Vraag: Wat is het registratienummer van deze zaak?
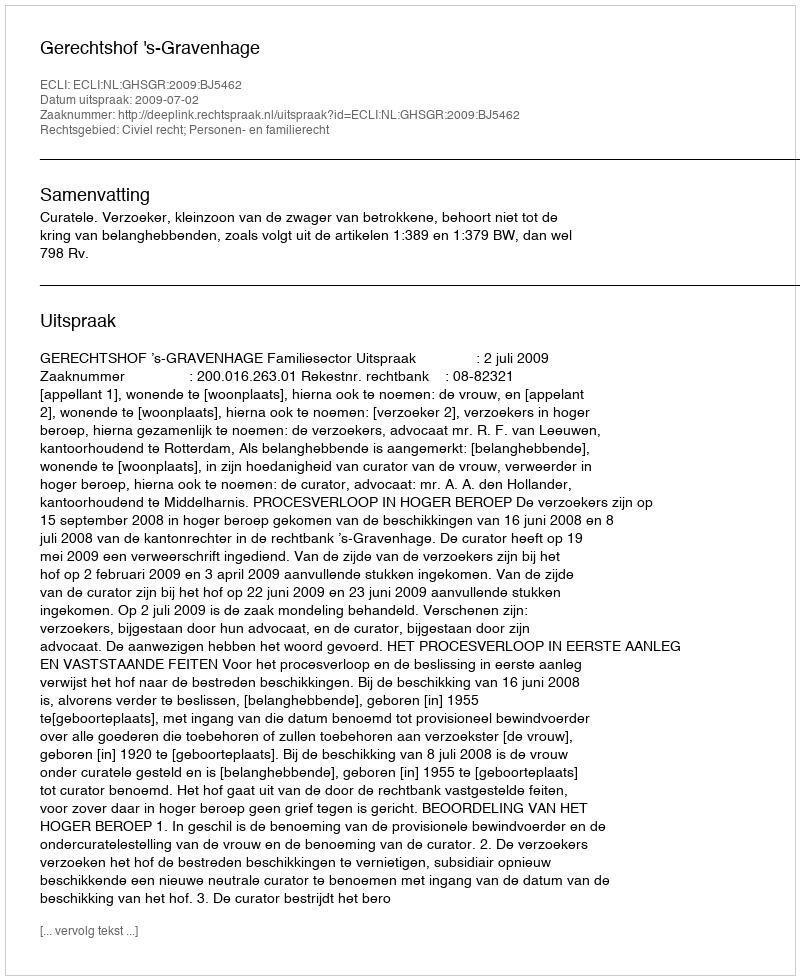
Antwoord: http://deeplink.rechtspraak.nl/uitspraak?id=ECLI:NL:GHSGR:2009:BJ5462